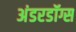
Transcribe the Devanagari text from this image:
अंडरडॉग्स